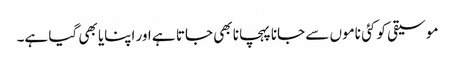
موسیقی کو کئی ناموں سے جانا پہچانا بھی جاتا ہے اور اپنایا بھی گیا ہے۔